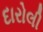
દારોલી